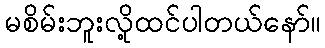
မစိမ်းဘူးလို့ထင်ပါတယ်နော်။